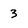
Character: 3